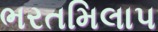
ભરતમિલાપ